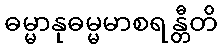
ဓမ္မာနုဓမ္မမာစရန္တီတိ